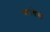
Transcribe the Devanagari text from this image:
नारवेयी